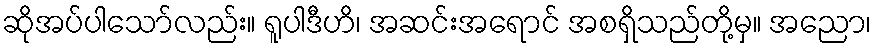
ဆိုအပ်ပါသော်လည်း။ ရူပါဒီဟိ၊ အဆင်းအရောင် အစရှိသည်တို့မှ။ အညော၊